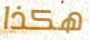
هكذا